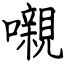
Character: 嚫